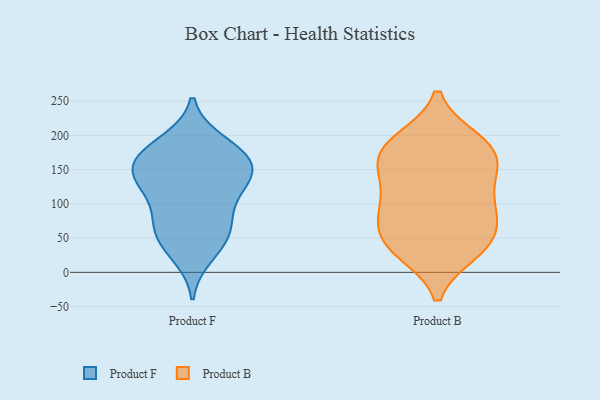
{"axis": {"x": "Inventory Turnover", "y": "Value"}, "legend": ["Product B", "Product F"], "data": [{"x": "", "y": 61, "type": "Product F"}, {"x": "", "y": 81, "type": "Product F"}, {"x": "", "y": 129, "type": "Product F"}, {"x": "", "y": 156, "type": "Product F"}, {"x": "", "y": 165, "type": "Product F"}, {"x": "", "y": 125, "type": "Product F"}, {"x": "", "y": 55, "type": "Product F"}, {"x": "", "y": 185, "type": "Product F"}, {"x": "", "y": 190, "type": "Product F"}, {"x": "", "y": 25, "type": "Product F"}, {"x": "", "y": 137, "type": "Product F"}, {"x": "", "y": 169, "type": "Product F"}, {"x": "", "y": 159, "type": "Product F"}, {"x": "", "y": 135, "type": "Product F"}, {"x": "", "y": 90, "type": "Product F"}, {"x": "", "y": 45, "type": "Product F"}, {"x": "", "y": 89, "type": "Product B"}, {"x": "", "y": 155, "type": "Product B"}, {"x": "", "y": 94, "type": "Product B"}, {"x": "", "y": 102, "type": "Product B"}, {"x": "", "y": 164, "type": "Product B"}, {"x": "", "y": 141, "type": "Product B"}, {"x": "", "y": 193, "type": "Product B"}, {"x": "", "y": 40, "type": "Product B"}, {"x": "", "y": 75, "type": "Product B"}, {"x": "", "y": 193, "type": "Product B"}, {"x": "", "y": 180, "type": "Product B"}, {"x": "", "y": 36, "type": "Product B"}, {"x": "", "y": 30, "type": "Product B"}, {"x": "", "y": 179, "type": "Product B"}, {"x": "", "y": 36, "type": "Product B"}, {"x": "", "y": 134, "type": "Product B"}, {"x": "", "y": 68, "type": "Product B"}]}